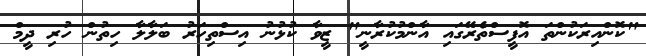
"ކޮންއިރަކުންތަ އޮފީސްތެރޭގައި އާންމުކުރާނީ" ޒީވާ ކުޅުނު އިސްތިހަރު ބަލާލާ ހިތުން ހުރި ދީމް